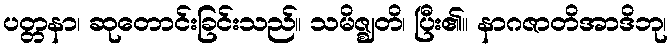
ပတ္တနာ၊ ဆုတောင်းခြင်းသည်။ သမိဇ္ဈတိ၊ ပြီး၏။ နာဂဇာတိအာဒိဘု၊